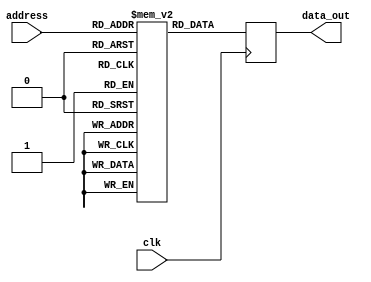
module Parameterized_ROM #(
    parameter DATA_WIDTH = 8,         // Width of each data word
    parameter ADDR_WIDTH = 4,         // Number of address lines
    parameter SYNC = 1                 // 1 for synchronous, 0 for asynchronous
) (
    input wire [ADDR_WIDTH-1:0] address,  // Address input
    input wire clk,                        // Clock input
    output reg [DATA_WIDTH-1:0] data_out   // Data output
);

    // Memory array declaration
    reg [DATA_WIDTH-1:0] mem_array [(2**ADDR_WIDTH)-1:0];

    // Memory initialization block
    initial begin
        // Initialize the memory with predefined values
        // Example values for demonstration; these can be modified as needed
        mem_array[0] = 8'hFF;
        mem_array[1] = 8'hAA;
        mem_array[2] = 8'h55;
        mem_array[3] = 8'h00;
        mem_array[4] = 8'h11;
        mem_array[5] = 8'h22;
        mem_array[6] = 8'h33;
        mem_array[7] = 8'h44;
        // ... Initialize other addresses as necessary
        // Note: Ensure all entries up to (2**ADDR_WIDTH)-1 are initialized
    end

    // Read operation
    always @(posedge clk) begin
        if (SYNC) begin
            // Synchronous read
            data_out <= mem_array[address];
        end
    end

    // Asynchronous read (if SYNC is 0)
    always @(*) begin
        if (!SYNC) begin
            data_out = mem_array[address];
        end
    end

endmodule